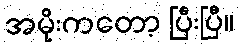
အမိုးကတော့ ပြီးပြီ။